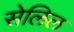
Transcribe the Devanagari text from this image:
सेलिल